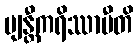
ဗျန္တီကရိဿာမီတိ